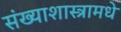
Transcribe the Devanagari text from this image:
संख्याशास्त्रामधे